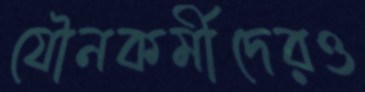
যৌনকর্মীদেরও